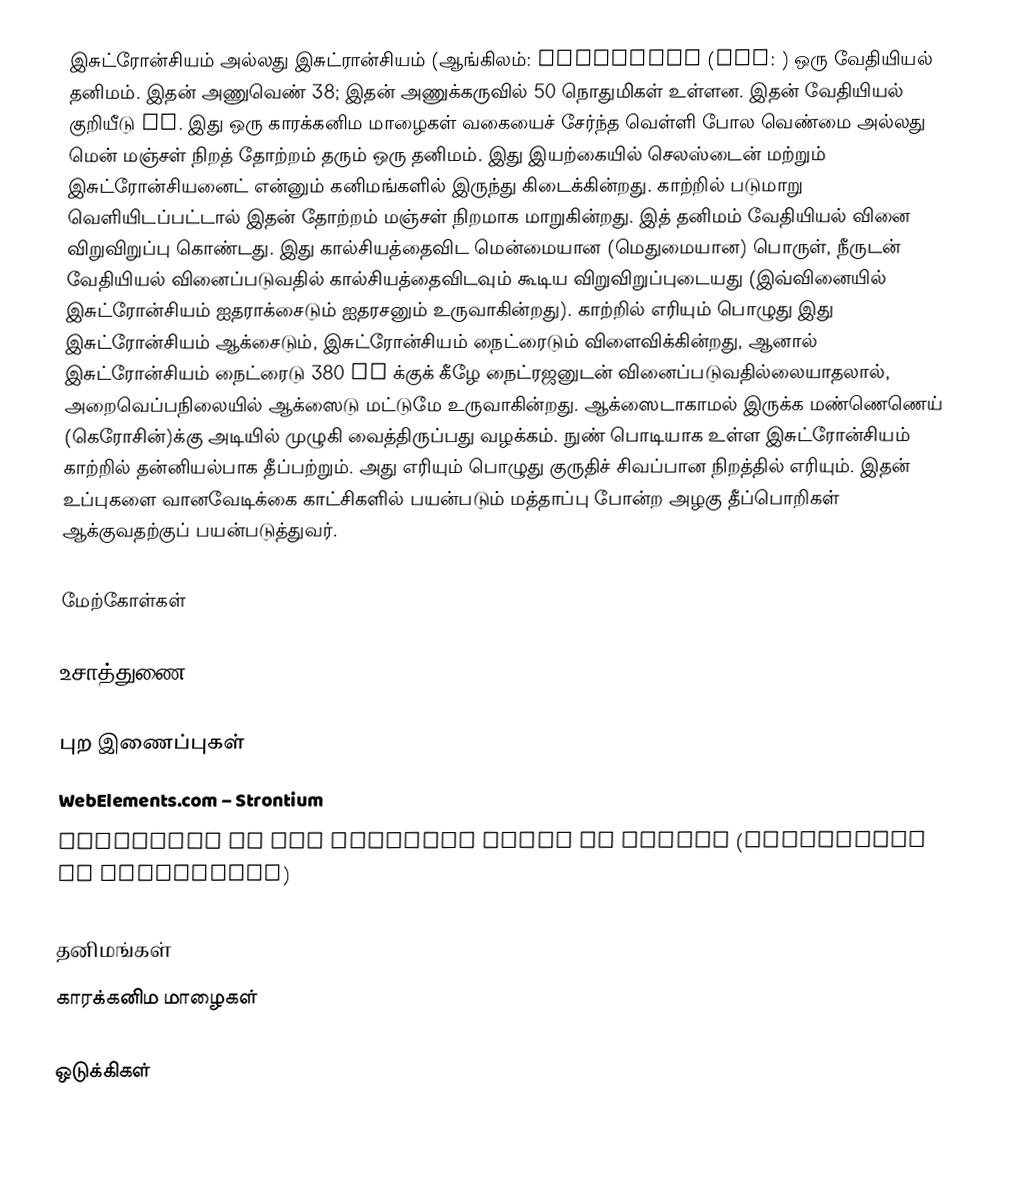
இசுட்ரோன்சியம் அல்லது இசுட்ரான்சியம் (ஆங்கிலம்: Strontium (IPA: ) ஒரு வேதியியல் தனிமம். இதன் அணுவெண் 38; இதன் அணுக்கருவில் 50 நொதுமிகள் உள்ளன. இதன் வேதியியல் குறியீடு Sr. இது ஒரு காரக்கனிம மாழைகள் வகையைச் சேர்ந்த வெள்ளி போல வெண்மை அல்லது மென் மஞ்சள் நிறத் தோற்றம் தரும் ஒரு தனிமம். இது இயற்கையில் செலஸ்டைன் மற்றும் இசுட்ரோன்சியனைட் என்னும் கனிமங்களில் இருந்து கிடைக்கின்றது. காற்றில் படுமாறு வெளியிடப்பட்டால் இதன் தோற்றம் மஞ்சள் நிறமாக மாறுகின்றது. இத் தனிமம் வேதியியல் வினை விறுவிறுப்பு கொண்டது. இது கால்சியத்தைவிட மென்மையான (மெதுமையான) பொருள், நீருடன் வேதியியல் வினைப்படுவதில் கால்சியத்தைவிடவும் கூடிய விறுவிறுப்புடையது (இவ்வினையில் இசுட்ரோன்சியம் ஐதராக்சைடும் ஐதரசனும் உருவாகின்றது). காற்றில் எரியும் பொழுது இது இசுட்ரோன்சியம் ஆக்சைடும், இசுட்ரோன்சியம் நைட்ரைடும் விளைவிக்கின்றது, ஆனால் இசுட்ரோன்சியம் நைட்ரைடு 380 °C க்குக் கீழே நைட்ரஜனுடன் வினைப்படுவதில்லையாதலால், அறைவெப்பநிலையில் ஆக்ஸைடு மட்டுமே உருவாகின்றது. ஆக்ஸைடாகாமல் இருக்க மண்ணெணெய் (கெரோசின்)க்கு அடியில் முழுகி வைத்திருப்பது வழக்கம். நுண் பொடியாக உள்ள இசுட்ரோன்சியம் காற்றில் தன்னியல்பாக தீப்பற்றும். அது எரியும் பொழுது குருதிச் சிவப்பான நிறத்தில் எரியும். இதன் உப்புகளை வானவேடிக்கை காட்சிகளில் பயன்படும் மத்தாப்பு போன்ற அழகு தீப்பொறிகள் ஆக்குவதற்குப் பயன்படுத்துவர்.

மேற்கோள்கள்

உசாத்துணை

புற இணைப்புகள்
 WebElements.com – Strontium
 Strontium at The Periodic Table of Videos (University of Nottingham)

தனிமங்கள்
காரக்கனிம மாழைகள்

ஒடுக்கிகள்